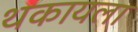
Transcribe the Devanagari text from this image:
थकायला